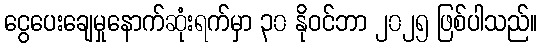
ငွေပေးချေမှုနောက်ဆုံးရက်မှာ ၃၀ နိုဝင်ဘာ ၂၀၂၅ ဖြစ်ပါသည်။